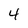
Character: 4